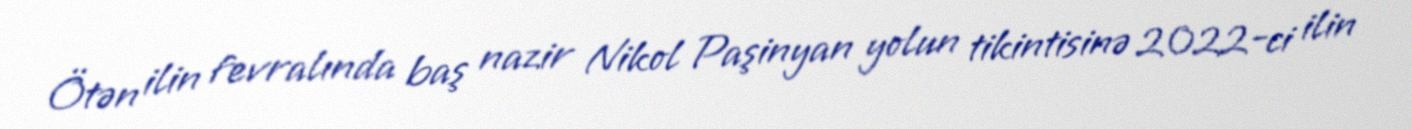
Ötən ilin fevralında baş nazir Nikol Paşinyan yolun tikintisinə 2022-ci ilin